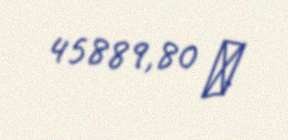
45889,80 ₼